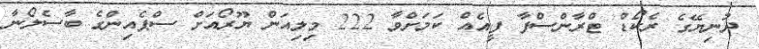
ދުނިޔޭގެ ރެކޯޑް ޓްރާންސްފާ ފީއެއް ކަމަށްވާ 222 މިލިއަން ޔޫރޯއަށް ސްޕެއިންގެ ބާސެލޯނާ